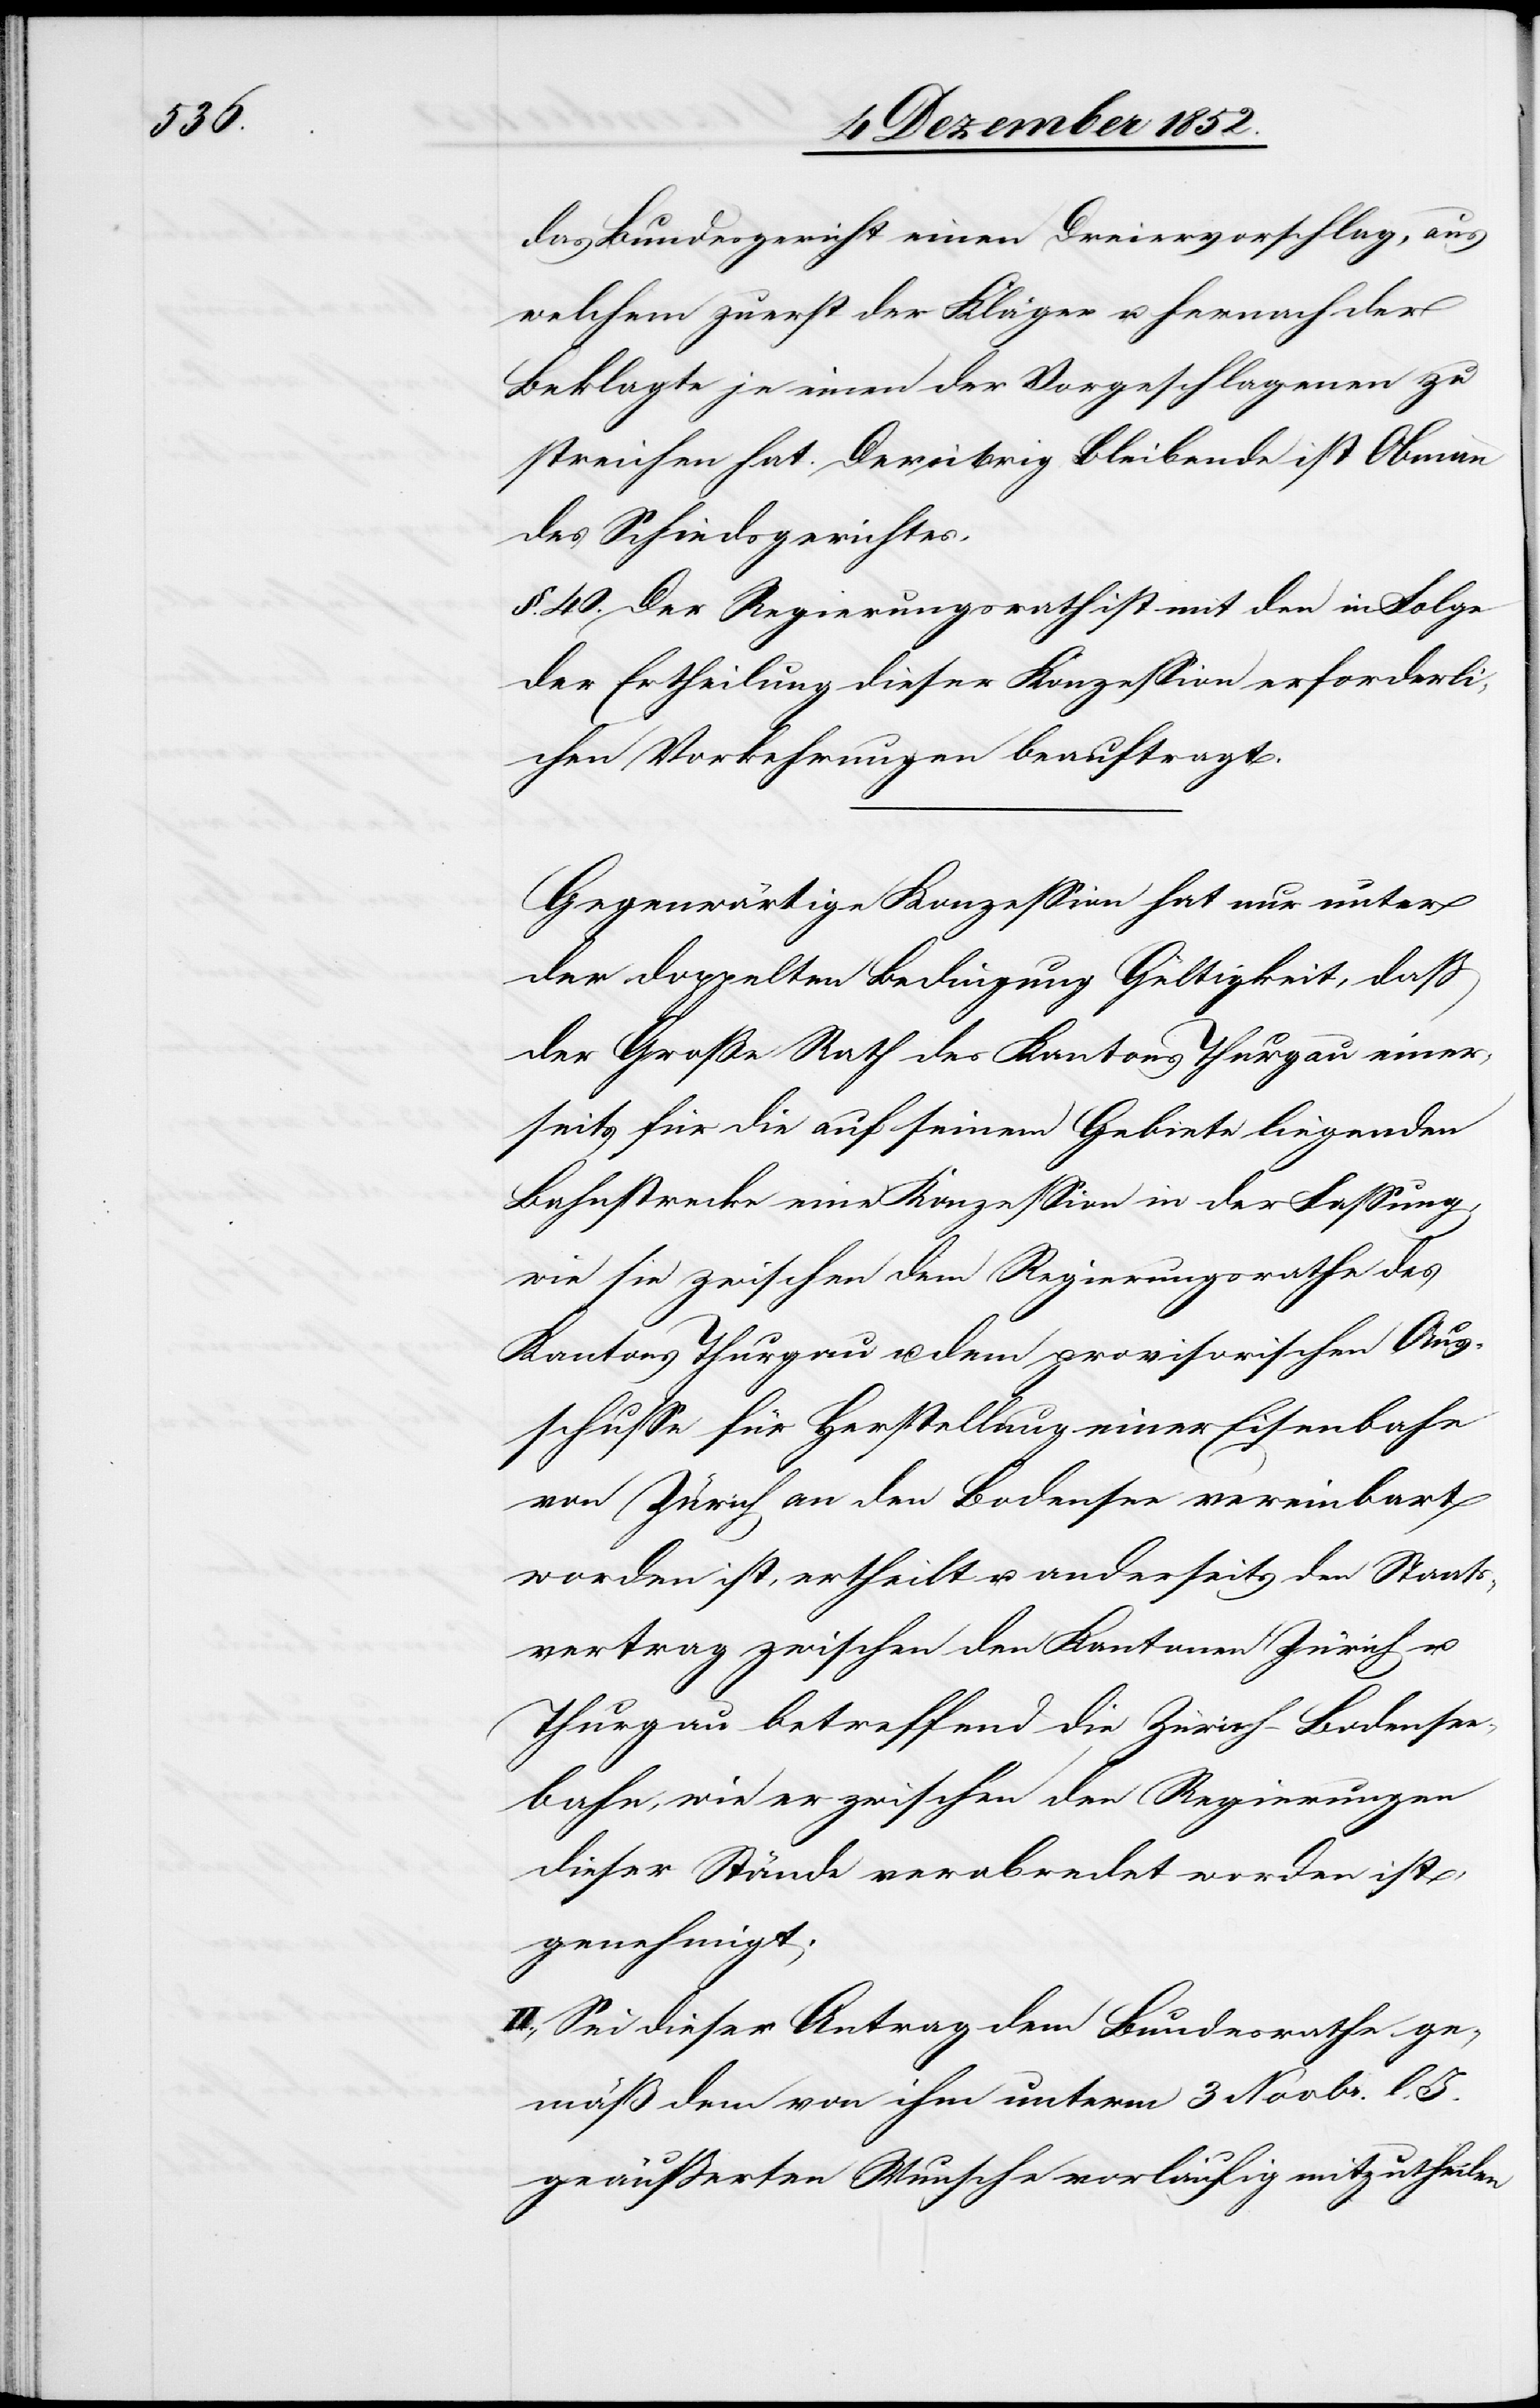
das Bundesgericht einen Dreiervorschlag, aus
welchem zuerst der Kläger u. hernach der
Beklagte je einen der Vorgeschlagenen zu
streichen hat. Der übrig Bleibende ist Obmann
des Schiedsgerichtes.
§. 40. Der Regierungsrath ist mit den in Folge
der Ertheilung dieser Konzession erforderli¬
chen Vorkehrungen beauftragt.
Gegenwärtige Konzession hat nur unter
der doppelten Bedingung Gültigkeit, daß
der Große Rath des Kantons Thurgau einer¬
seits für die auf seinem Gebiete liegenden
Bahnstrecke eine Konzession in der Fassung,
wie sie zwischen dem Regierungsrathe des
Kantons Thurgau u. dem provisorischen Aus¬
schusse für Herstellung einer Eisenbahn
von Zürich an den Bodensee vereinbart
worden ist, ertheilt u. anderseits den Staats¬
vertrag zwischen den Kantonen Zürich u.
Thurgau betreffend die Zürich-Bodensee¬
bahn, wie er zwischen den Regierungen
dieser Stände verabredet worden ist,
genehmigt.
II., Sei dieser Antrag dem Bundesrathe ge¬
mäß dem von ihm unterm 3 Novbr. l.
geäußerten Wunsche vorläufig mitzutheilen